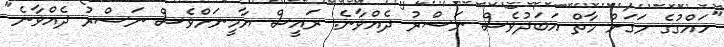
"ހައްގުގެ މަގަށް މާތް އަބަދުވެސް ނަސްރު ދެއްވާނެ. ރައީސް ޔާމީނަށްވެސް ނަސްރު ދެއްވާނެ"